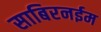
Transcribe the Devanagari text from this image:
साबिरनईम